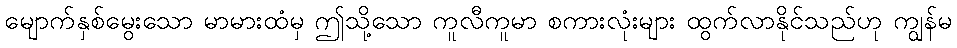
မျောက်နှစ်မွေးသော မာမားထံမှ ဤသို့သော ကူလီကူမာ စကားလုံးများ ထွက်လာနိုင်သည်ဟု ကျွန်မ